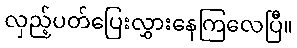
လှည့်ပတ်ပြေးလွှားနေကြလေပြီ။